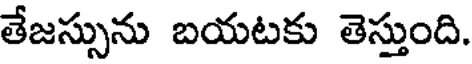
తేజస్సును బయటకు తెస్తుంది.